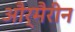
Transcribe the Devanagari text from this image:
और्मैरीन